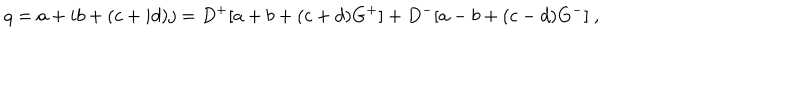
LaTeX: q = a + i b + ( c + i d ) j = D ^ { + } [ a + b + ( c + d ) G ^ { + } ] + D ^ { - } [ a - b + ( c - d ) G ^ { - } ] ~ ,